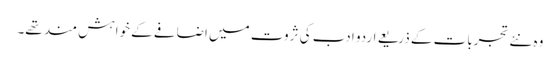
وہ نئے تجربات کے ذریعے اردو ادب کی ثروت میں اضافے کے خواہش مند تھے۔